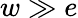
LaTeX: w\gg e